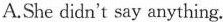
A.She didn't say anything.